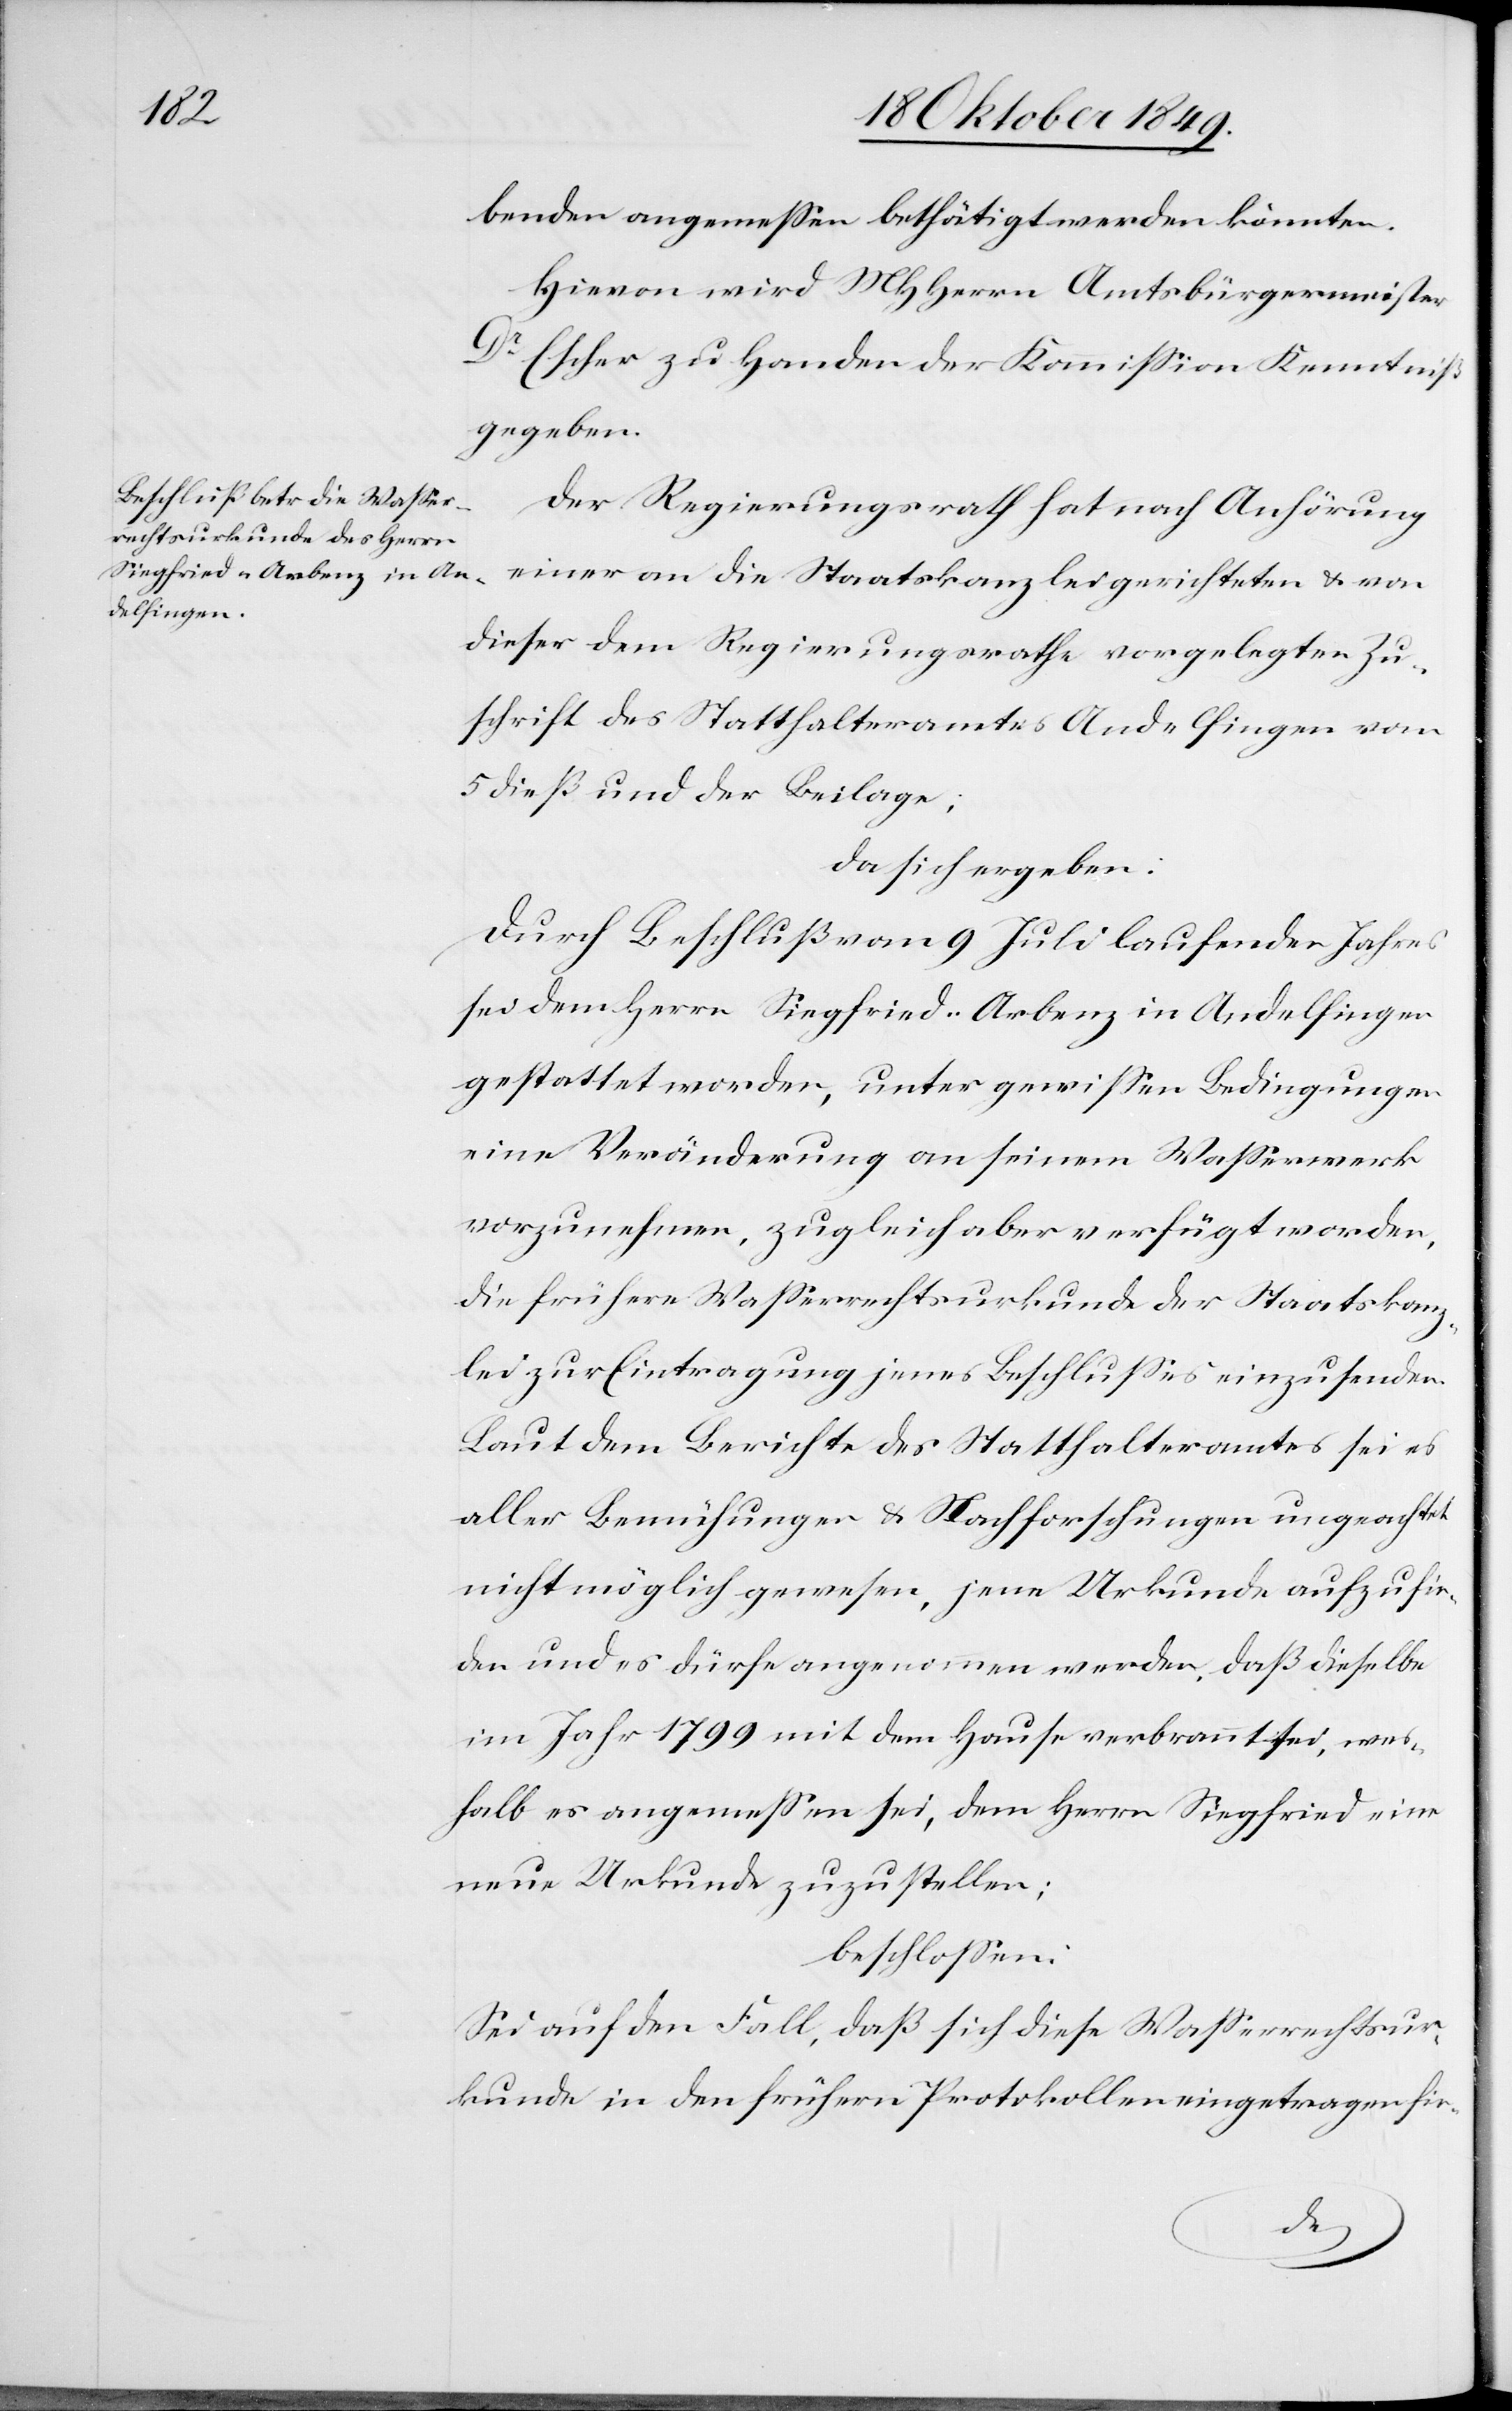
benden angemeßen bethätigt werden könnten.
Hievon wird MHHerrn Amtsbürgermeister
Dr Escher zu Handen der Kommißion Kenntniß
gegeben.
Der Regierungsrath hat nach Anhörung
einer an die Staatskanzlei gerichteten u. von
dieser dem Regierungsrathe vorgelegten Zu¬
schrift des Statthalteramtes Andelfingen vom
5 dieß und der Beilage;
da sich ergeben:
Durch Beschluß vom 9 Juli laufenden Jahres
sei dem Herrn Siegfried-Arbenz in Andelfingen
gestattet worden, unter gewißen Bedingungen
eine Veränderung an seinem Waßerwerk
vorzunehmen, zugleich aber verfügt worden,
die frühere Waßerrechtsurkunde der Staatskanz¬
lei zur Eintragung jenes Beschlußes einzusenden.
Laut dem Berichte des Statthalteramtes sei es
aller Bemühungen u. Nachforschungen ungeachtet
nicht möglich gewesen, jene Urkunde aufzufin¬
den und es dürfe angenommen werden, daß dieselbe
im Jahr 1799 mit dem Hause verbrannt sei, wes¬
halb es angemeßen sei, dem Herrn Siegfried eine
neue Urkunde zuzustellen;
beschloßen:
Sei auf den Fall, daß sich diese Waßerrechtsur¬
kunde in den frühern Protokollen eingetragen fin-